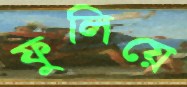
ফুলিয়ে